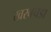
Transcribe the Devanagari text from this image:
खरबचडा